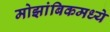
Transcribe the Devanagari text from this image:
मोझांबिकमध्ये